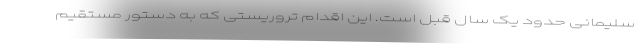
سلیمانی حدود یک سال قبل است. این اقدام تروریستی که به دستور مستقیم